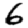
Digit: 6